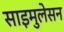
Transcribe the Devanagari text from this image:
साइमुलेसन